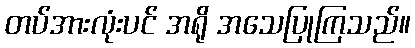
တပ်အားလုံးပင် အရို အသေပြုကြသည်။